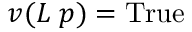
v ( L \; p ) = { \mathrm { T r u e } }